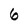
Character: 6